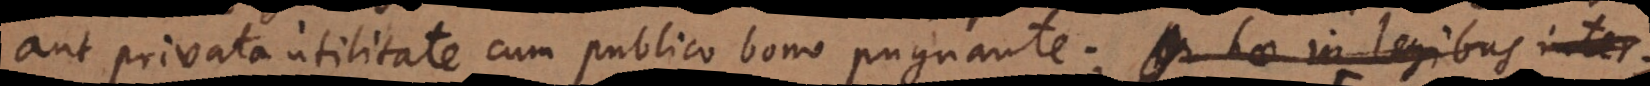
aut privata utilitate cum publico bono pugnante; hae in legibus inter